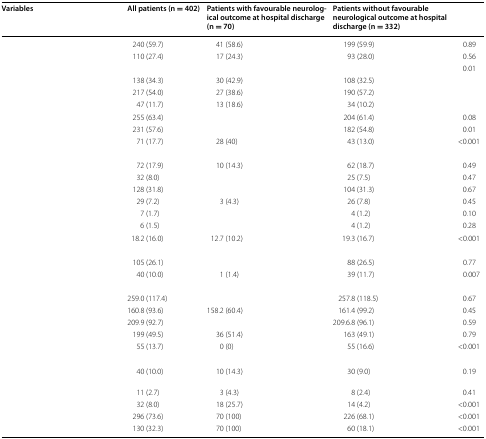
<table><thead><tr><td><b>Variables</b></td><td><b>All patients (n = 402)</b></td><td><b>Patients with favourable neurological outcome at hospital discharge (n = 70)</b></td><td><b>Patients without favourable neurological outcome at hospital discharge (n = 332)</b></td><td>[EMPTY_CELL]</td></tr></thead><tbody><tr><td>[EMPTY_CELL]</td><td>240 (59.7)</td><td>41 (58.6)</td><td>199 (59.9)</td><td>0.89</td></tr><tr><td>[EMPTY_CELL]</td><td>110 (27.4)</td><td>17 (24.3)</td><td>93 (28.0)</td><td>0.56</td></tr><tr><td colspan="4">[EMPTY_CELL]</td><td>0.01</td></tr><tr><td>[EMPTY_CELL]</td><td>138 (34.3)</td><td>30 (42.9)</td><td>108 (32.5)</td><td>[EMPTY_CELL]</td></tr><tr><td>[EMPTY_CELL]</td><td>217 (54.0)</td><td>27 (38.6)</td><td>190 (57.2)</td><td>[EMPTY_CELL]</td></tr><tr><td>[EMPTY_CELL]</td><td>47 (11.7)</td><td>13 (18.6)</td><td>34 (10.2)</td><td>[EMPTY_CELL]</td></tr><tr><td>[EMPTY_CELL]</td><td>255 (63.4)</td><td>[EMPTY_CELL]</td><td>204 (61.4)</td><td>0.08</td></tr><tr><td>[EMPTY_CELL]</td><td>231 (57.6)</td><td>[EMPTY_CELL]</td><td>182 (54.8)</td><td>0.01</td></tr><tr><td>[EMPTY_CELL]</td><td>71 (17.7)</td><td>28 (40)</td><td>43 (13.0)</td><td>&lt;0.001</td></tr><tr><td colspan="5">[EMPTY_CELL]</td></tr><tr><td>[EMPTY_CELL]</td><td>72 (17.9)</td><td>10 (14.3)</td><td>62 (18.7)</td><td>0.49</td></tr><tr><td>[EMPTY_CELL]</td><td>32 (8.0)</td><td>[EMPTY_CELL]</td><td>25 (7.5)</td><td>0.47</td></tr><tr><td>[EMPTY_CELL]</td><td>128 (31.8)</td><td>[EMPTY_CELL]</td><td>104 (31.3)</td><td>0.67</td></tr><tr><td>[EMPTY_CELL]</td><td>29 (7.2)</td><td>3 (4.3)</td><td>26 (7.8)</td><td>0.45</td></tr><tr><td>[EMPTY_CELL]</td><td>7 (1.7)</td><td>[EMPTY_CELL]</td><td>4 (1.2)</td><td>0.10</td></tr><tr><td>[EMPTY_CELL]</td><td>6 (1.5)</td><td>[EMPTY_CELL]</td><td>4 (1.2)</td><td>0.28</td></tr><tr><td>[EMPTY_CELL]</td><td>18.2 (16.0)</td><td>12.7 (10.2)</td><td>19.3 (16.7)</td><td>&lt;0.001</td></tr><tr><td colspan="5">[EMPTY_CELL]</td></tr><tr><td>[EMPTY_CELL]</td><td>105 (26.1)</td><td>[EMPTY_CELL]</td><td>88 (26.5)</td><td>0.77</td></tr><tr><td>[EMPTY_CELL]</td><td>40 (10.0)</td><td>1 (1.4)</td><td>39 (11.7)</td><td>0.007</td></tr><tr><td colspan="5">[EMPTY_CELL]</td></tr><tr><td>[EMPTY_CELL]</td><td>259.0 (117.4)</td><td>[EMPTY_CELL]</td><td>257.8 (118.5)</td><td>0.67</td></tr><tr><td>[EMPTY_CELL]</td><td>160.8 (93.6)</td><td>158.2 (60.4)</td><td>161.4 (99.2)</td><td>0.45</td></tr><tr><td>[EMPTY_CELL]</td><td>209.9 (92.7)</td><td>[EMPTY_CELL]</td><td>209.6.8 (96.1)</td><td>0.59</td></tr><tr><td>[EMPTY_CELL]</td><td>199 (49.5)</td><td>36 (51.4)</td><td>163 (49.1)</td><td>0.79</td></tr><tr><td>[EMPTY_CELL]</td><td>55 (13.7)</td><td>0 (0)</td><td>55 (16.6)</td><td>&lt;0.001</td></tr><tr><td colspan="5">[EMPTY_CELL]</td></tr><tr><td>[EMPTY_CELL]</td><td>40 (10.0)</td><td>10 (14.3)</td><td>30 (9.0)</td><td>0.19</td></tr><tr><td>[EMPTY_CELL]</td><td>11 (2.7)</td><td>3 (4.3)</td><td>8 (2.4)</td><td>0.41</td></tr><tr><td>[EMPTY_CELL]</td><td>32 (8.0)</td><td>18 (25.7)</td><td>14 (4.2)</td><td>&lt;0.001</td></tr><tr><td>[EMPTY_CELL]</td><td>296 (73.6)</td><td>70 (100)</td><td>226 (68.1)</td><td>&lt;0.001</td></tr><tr><td>[EMPTY_CELL]</td><td>130 (32.3)</td><td>70 (100)</td><td>60 (18.1)</td><td>&lt;0.001</td></tr></tbody></table>